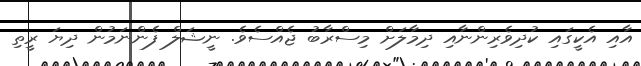
އާއި އެކީގައި ކުދިވެރިންނާއި ދިމާލަށް މިސްރާބު ޖެއްސެވެ. ނީޝަލް ފެންނަމުން ދިޔަ ރީތި